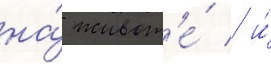
на́ живот'е́ / и́